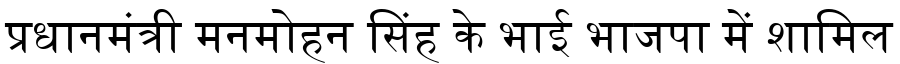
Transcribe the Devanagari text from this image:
प्रधानमंत्री मनमोहन सिंह के भाई भाजपा में शामिल